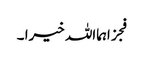
فجزاہمااللہ خیرا ۔